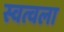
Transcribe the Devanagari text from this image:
स्वत्वला